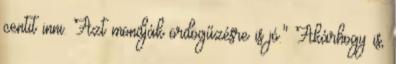
centit inni. Azt mondják ördögűzésre is jó." Akárhogy is,